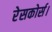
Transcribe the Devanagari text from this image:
रेसकोर्स।